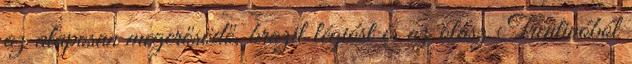
az alaposan megerősödő, brazil légióst és az olasz Trentinóból